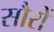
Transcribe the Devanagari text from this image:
सौरों